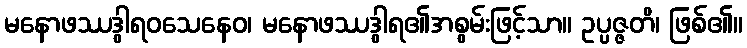
မနောဖဿဒွါရဝသေနေဝ၊ မနောဖဿဒွါရ၏အစွမ်းဖြင့်သာ။ ဥပ္ပဇ္ဇတိ၊ ဖြစ်၏။